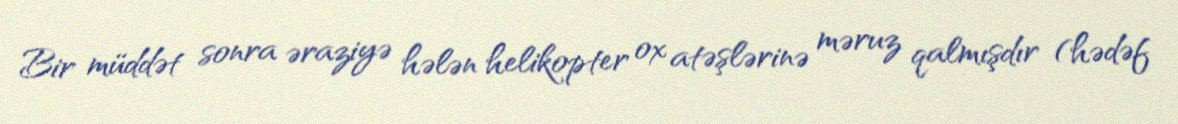
Bir müddət sonra əraziyə hələn helikopter ox atəşlərinə məruz qalmışdır (hədəf